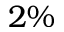
2 \%